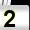
Digit: 2